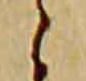
之